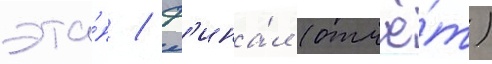
эта́п / ф'ина́л (отчё́т)